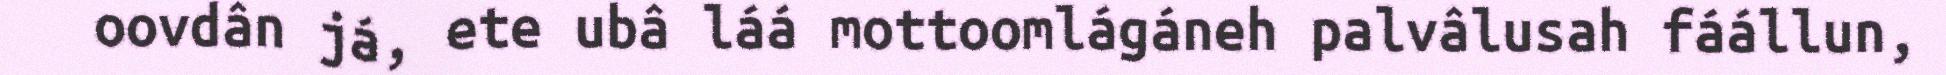
oovdân já, ete ubâ láá mottoomlágáneh palvâlusah fáállun,